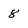
Character: 8